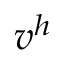
v ^ { h }